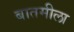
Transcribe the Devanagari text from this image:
बातमीला